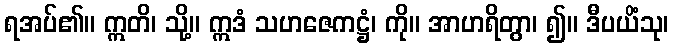
ရအပ်၏။ ဣတိ၊ သို့။ ဣဒံ သဟဇေကဋ္ဌံ၊ ကို။ အာဟရိတွာ၊ ၍။ ဒီပယိံသု၊